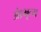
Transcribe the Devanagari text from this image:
अंध्र्भृत्य